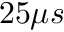
2 5 \mu s